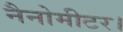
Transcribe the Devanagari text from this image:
नैनोमीटर।